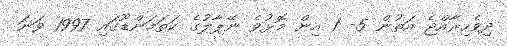
ދިވެހިރާއްޖެ އަތުން 5- 1 އިން މޮޅުވެ ނޭޕާލުގެ ކަތަމަންޑޫގައި 1997 ވަނަ